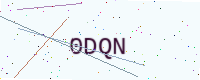
Text: 0DQN